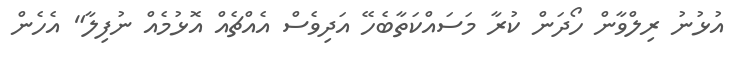
އުޅުނު ރިލްވާން ހޯދަން ކުރާ މަސައްކަތާބެހޭ އަދިވެސް އެއްޗެއް އޮޅުމެއް ނުފިލާ" އެހެން